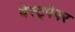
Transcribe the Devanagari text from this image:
वेस्ट्पेपर